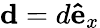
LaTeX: \mathbf{d}=d\mathbf{\hat{e}}_{x}